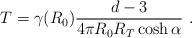
LaTeX: \begin{align*}T = \gamma(R_0) \frac{d-3}{4\pi R_0 R_T \cosh \alpha} \ .\end{align*}